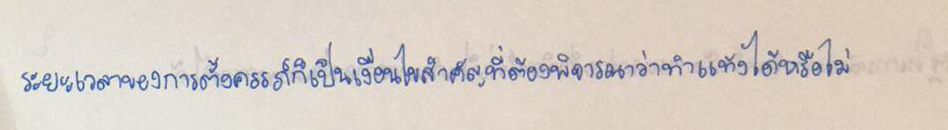
ระยะเวลาของการตั้งครรภ์ก็เป็นเงื่อนไขสำคัญที่ต้องพิจารณาว่าทำแท้งได้หรือไม่